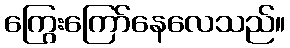
ကြွေးကြော်နေလေသည်။